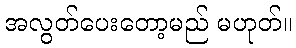
အလွတ်ပေးတော့မည် မဟုတ်။